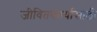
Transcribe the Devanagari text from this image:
जीवितकार्यासाठी